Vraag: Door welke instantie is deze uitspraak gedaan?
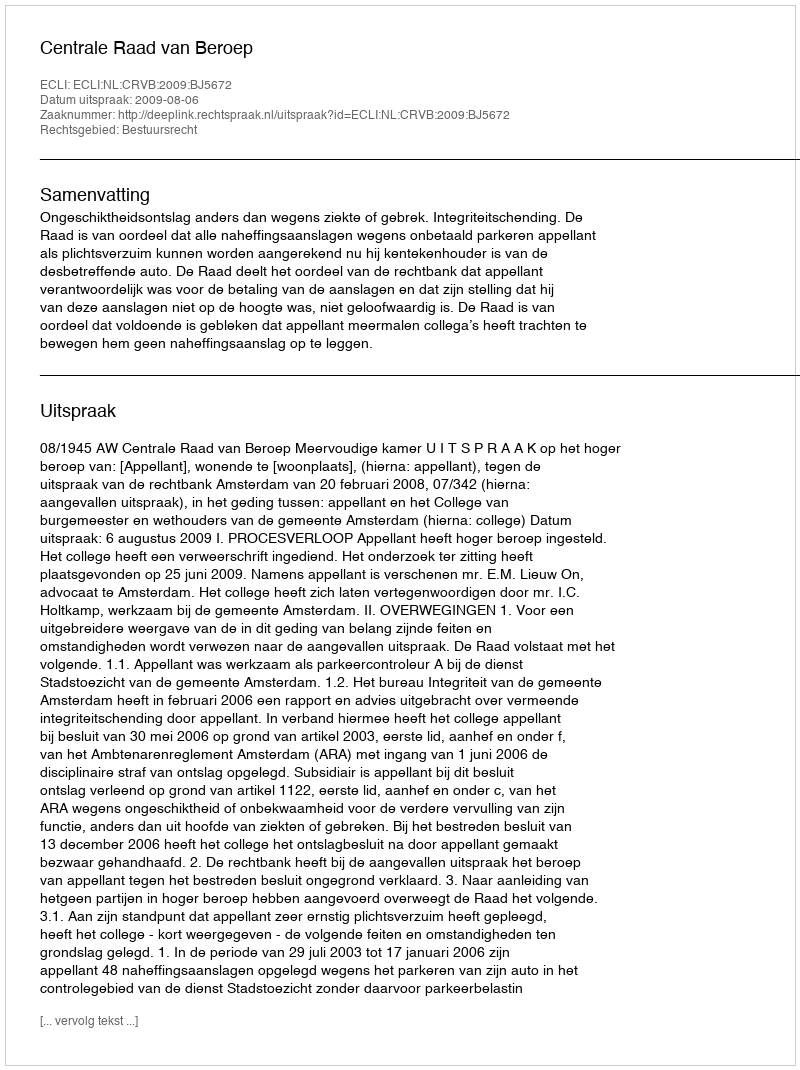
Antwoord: Centrale Raad van Beroep